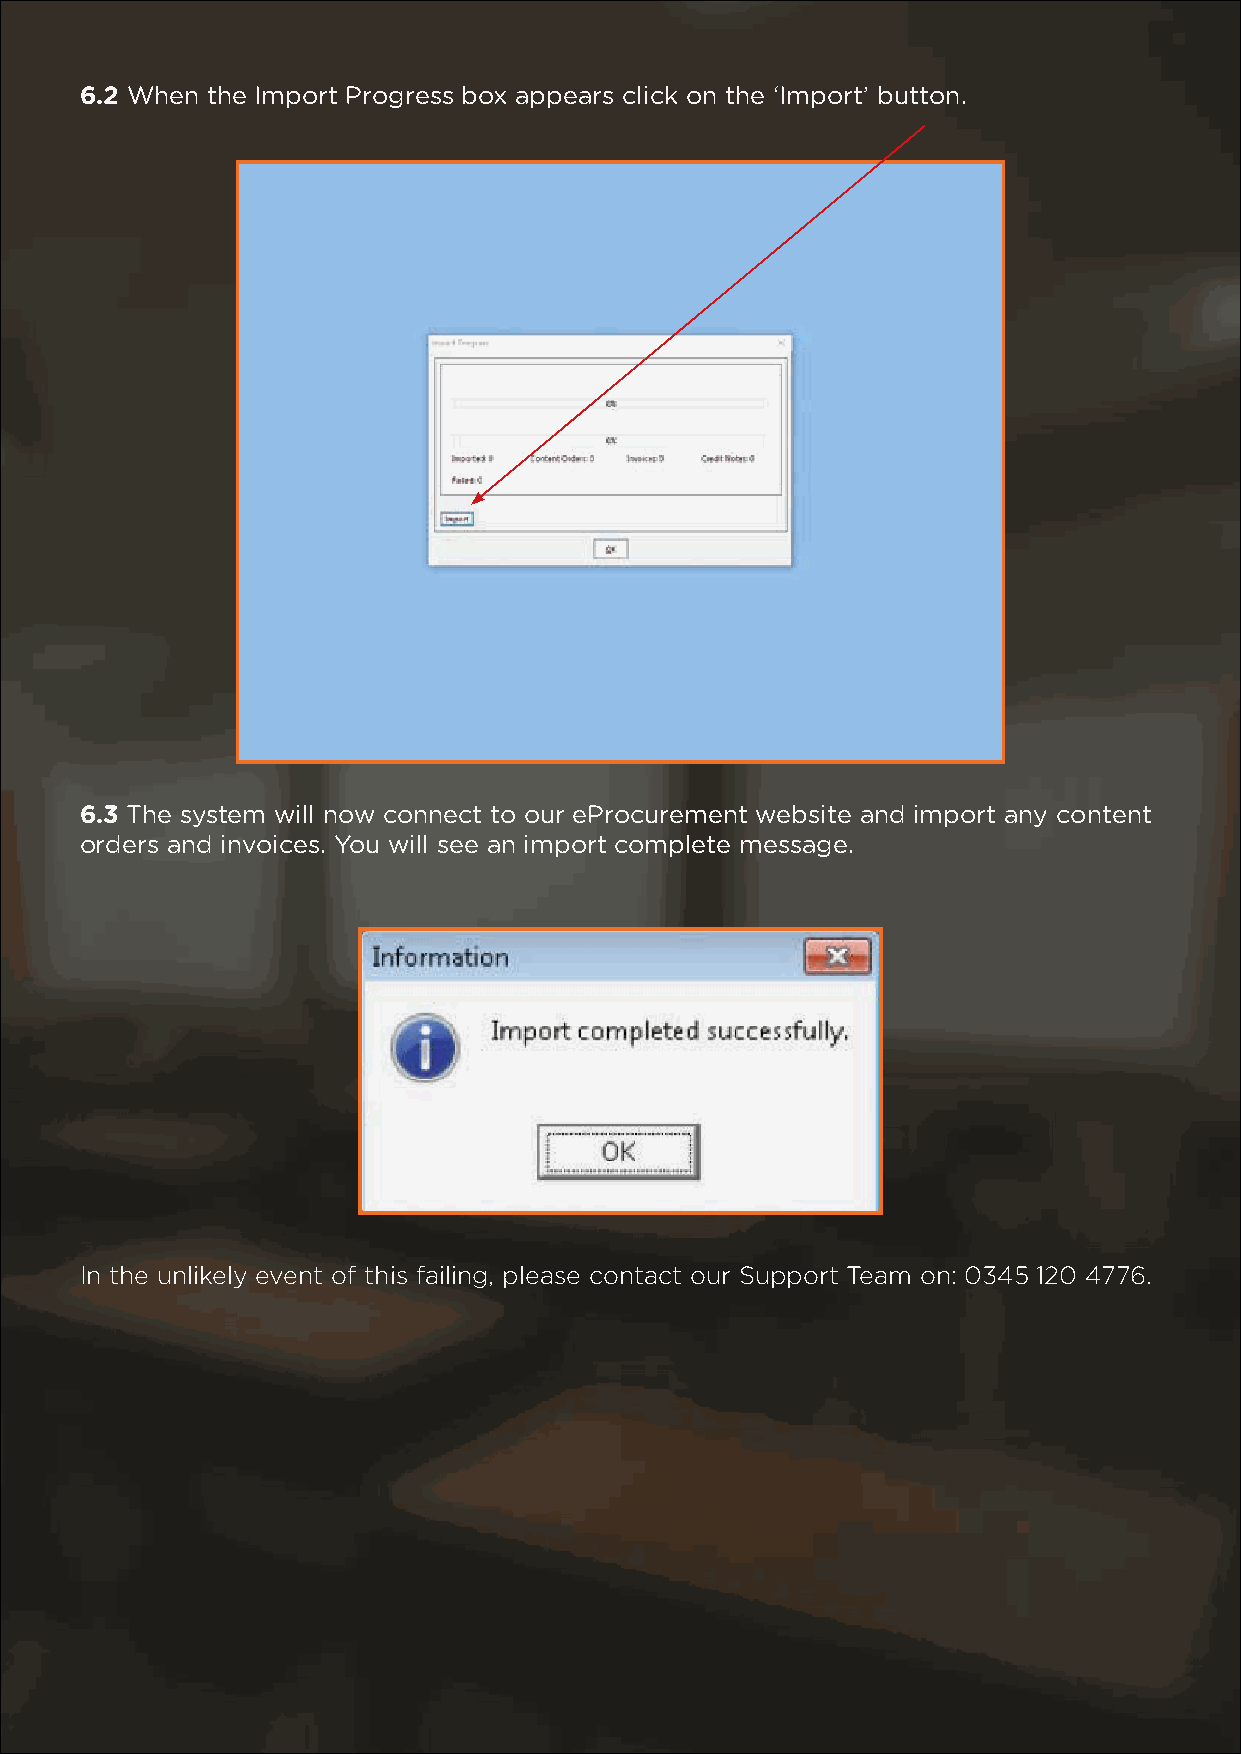
6.2 When the Import Progress box appears click on the ‘Import’ button.
 6.3 The system will now connect to our eProcurement website and import any content
 orders and invoices. You will see an import complete message.
 In the unlikely event of this failing, please contact our Support Team on: 0345 120 4776.